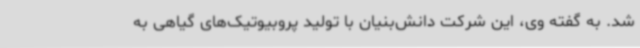
شد. به گفته وی، این شرکت دانش‌بنیان با تولید پروبیوتیک‌های گیاهی به